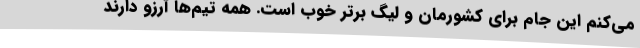
می‌کنم این جام برای کشورمان و لیگ برتر خوب است. همه تیم‌ها آرزو دارند